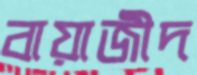
বায়াজীদ